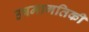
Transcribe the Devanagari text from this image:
उषमागतिकी